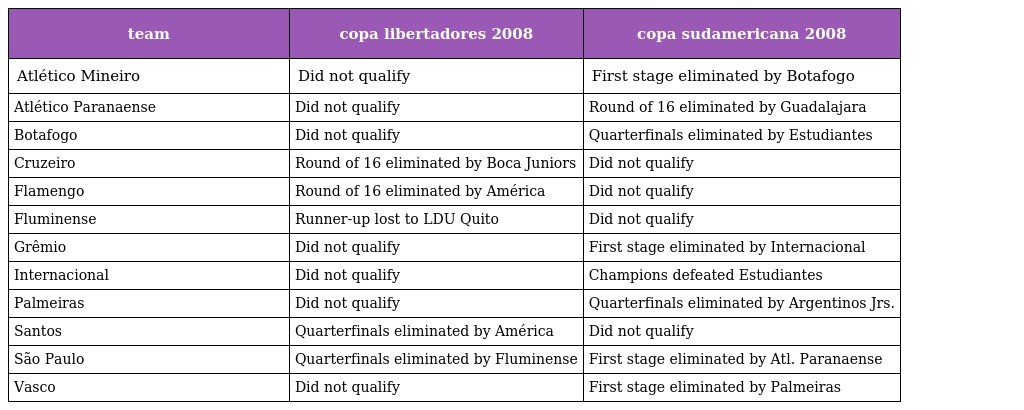
| team | copa libertadores 2008 | copa sudamericana 2008 |
 | --- | --- | --- |
 | Atlético Mineiro | Did not qualify | First stage eliminated by Botafogo |
 | Atlético Paranaense | Did not qualify | Round of 16 eliminated by Guadalajara |
 | Botafogo | Did not qualify | Quarterfinals eliminated by Estudiantes |
 | Cruzeiro | Round of 16 eliminated by Boca Juniors | Did not qualify |
 | Flamengo | Round of 16 eliminated by América | Did not qualify |
 | Fluminense | Runner-up lost to LDU Quito | Did not qualify |
 | Grêmio | Did not qualify | First stage eliminated by Internacional |
 | Internacional | Did not qualify | Champions defeated Estudiantes |
 | Palmeiras | Did not qualify | Quarterfinals eliminated by Argentinos Jrs. |
 | Santos | Quarterfinals eliminated by América | Did not qualify |
 | São Paulo | Quarterfinals eliminated by Fluminense | First stage eliminated by Atl. Paranaense |
 | Vasco | Did not qualify | First stage eliminated by Palmeiras |